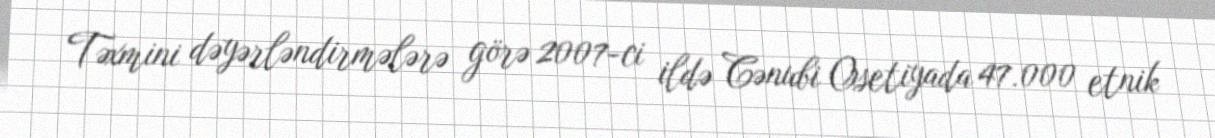
Təxmini dəyərləndirmələrə görə 2007-ci ildə Cənubi Osetiyada 47.000 etnik